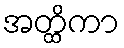
အတ္ထိကာ